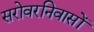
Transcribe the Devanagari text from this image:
सरोवरनिवासों